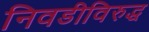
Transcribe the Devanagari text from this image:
निवडीविरुद्ध